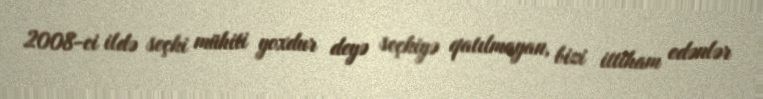
2008-ci ildə seçki mühiti yoxdur deyə seçkiyə qatılmayan, bizi ittiham edənlər